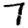
Digit: 7